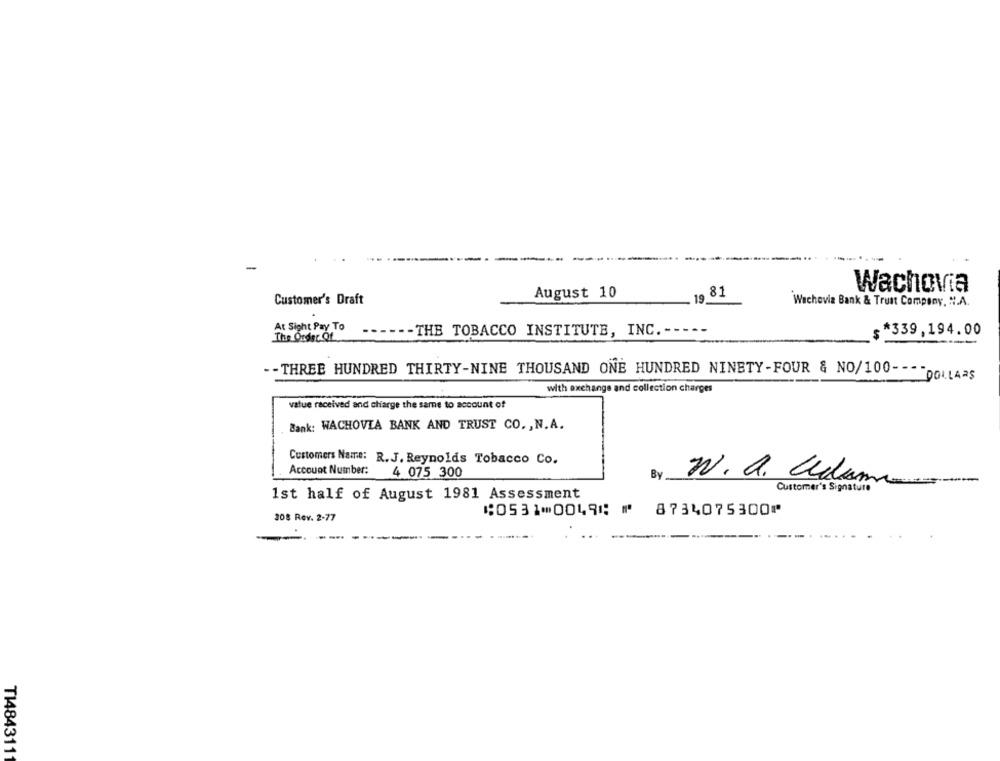
-
Wachovia
August 10
81
Customer's Draft
19.
Wachovia Bank & Trust Company, N.A.
At Sight Pay To
-- THE TOBACCO INSTITUTE, INC. ----
$ *339,194.00
The Order Of
- THREE HUNDRED THIRTY-NINE THOUSAND ONE HUNDRED NINETY-FOUR & NO/100- - - - DOLLARS
with exchange and collection charges
value received and charge the same to account of
Bank: WACHOVIA BANK AND TRUST CO. , N.A.
Customers Name: R.J. Reynolds Tobacco Co.
Account Number:
4 075 300
By
N. a. Ulum
Customer's Signature
1st half of August 1981 Assessment
308 Rev. 2-77
⑆0531⑉0049⑆ ⑈ 8734075300⑈
---
T14843111